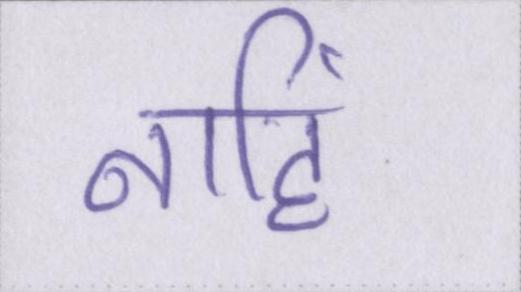
नहिं